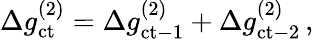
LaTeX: \begin{array}{r}{\Delta g_{\mathrm{ct}}^{(2)}=\Delta g_{\mathrm{ct-1}}^{(2)}+\Delta g_{\mathrm{ct-2}}^{(2)}\, ,}\end{array}